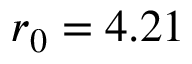
r _ { 0 } = 4 . 2 1